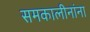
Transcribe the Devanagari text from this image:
समकालीनांना